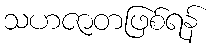
သဟဇာတဖြစ်ရန်